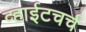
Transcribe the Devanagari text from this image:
व्हाईटचर्च